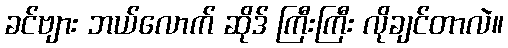
ခင်ဗျား ဘယ်လောက် ဆိုဒ် ကြီးကြီး လိုချင်တာလဲ။